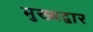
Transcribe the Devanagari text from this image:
मुख्‍यद्वार